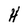
Character: H